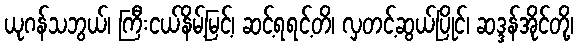
ယုဂန်သဘွယ်၊ ကြီးငယ်နိမ့်မြင့်၊ ဆင့်ရရင့်တိ၊ လှတင့်ဆွယ်ပြိုင်၊ ဆဒ္ဒန်အိုင်တို့၊